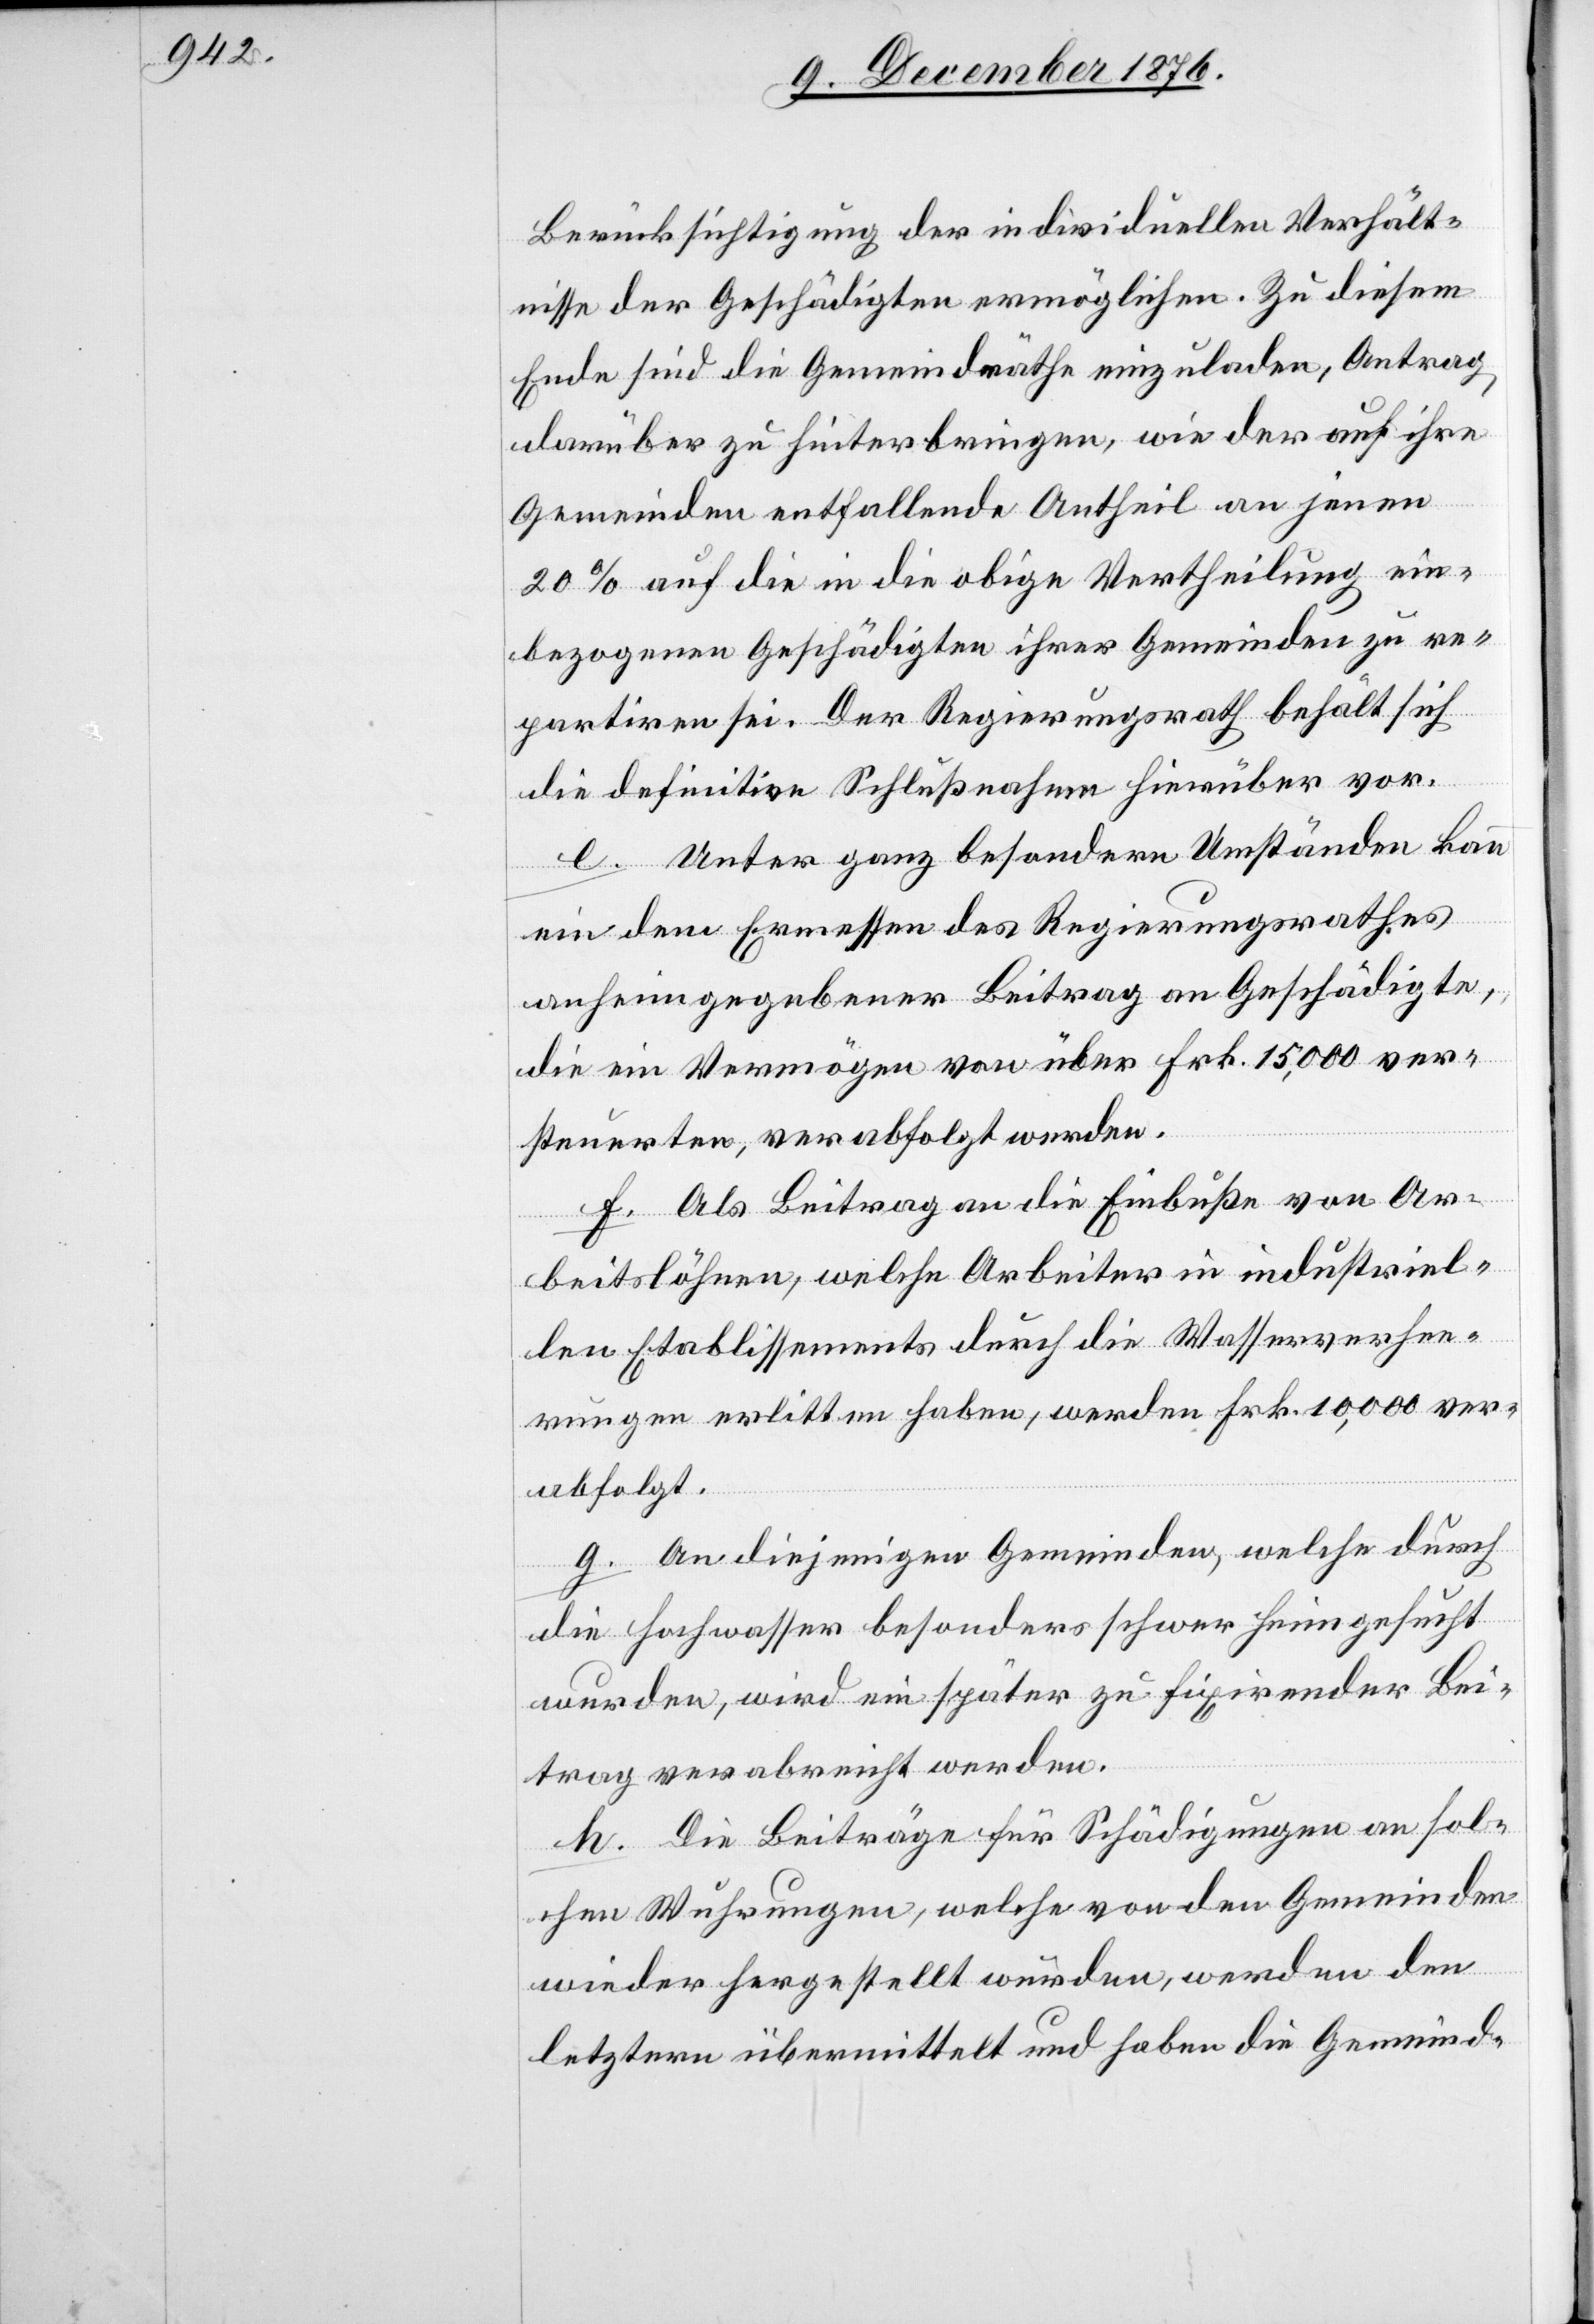
Berücksichtigung der individuellen Verhält¬
nisse der Geschädigten ermöglichen. Zu diesem
Ende sind die Gemeindräthe einzuladen, Antrag
darüber zu hinterbringen, wie der auf ihre
Gemeinden entfallenden Antheil an jenen
20% auf die in die obige Vertheilung ein¬
bezogenen Geschädigten ihrer Gemeinden zu re¬
partiren sei. Der Regierungsrath behält sich
die definitive Schlußnahme hierüber vor.
e. Unter ganz besondern Umständen kann
ein dem Ermessen des Regierungsrathes
anheimgegebener Beitrag an Geschädigte,
die ein Vermögen von über Frk. 15,000 ver¬
steuerten, verabfolgt werden.
f. Als Beitrag an die Einbuße von Ar¬
beitslöhnen, welche Arbeiter in industriel¬
len Etablissements durch die Wasserverhee¬
rungen erlitten haben, werden Frk. 10,000 ver¬
abfolgt.
g. An diejenigen Gemeinden, welche durch
die Hochwasser besonders schwer heimgesucht
wurden, wir ein später zu fixirender Bei¬
trag verabreicht werden.
h. Die Beiträge für Schädigungen an sol¬
chen Wuhrungen, welche von den Gemeinden
wieder hergestellt wurden, werden den
letztern übermittelt und haben die Gemeind-